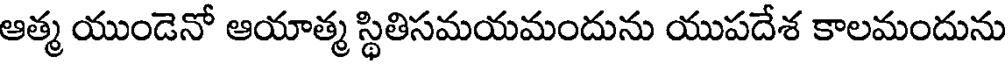
ఆత్మ యుండెనో ఆయాత్మ స్థితిసమయమందును యుపదేశ కాలమందును